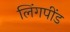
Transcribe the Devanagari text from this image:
लिंगपींड